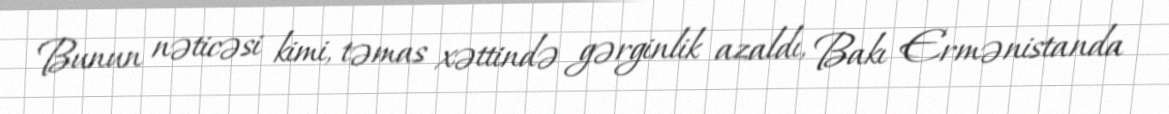
Bunun nəticəsi kimi, təmas xəttində gərginlik azaldı, Bakı Ermənistanda